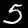
Label: 5